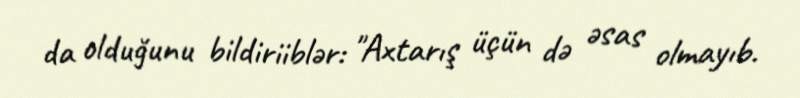
da olduğunu bildiriiblər: "Axtarış üçün də əsas olmayıb.